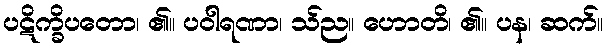
ပဋိက္ခိပတော၊ ၏။ ပဝါရဏာ၊ သ်ည။ ဟောတိ၊ ၏။ ပန၊ ဆက်။